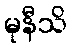
မုနီသိ